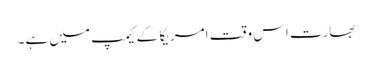
بھارت اس وقت امریکا کے کیمپ میں ہے۔